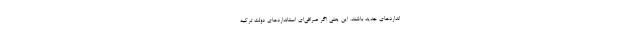
انداردهای جدید باشند. این یعنی اگر صرافی‌ای استانداردهای دولت ترکیه